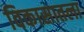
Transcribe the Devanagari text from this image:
विकासातला